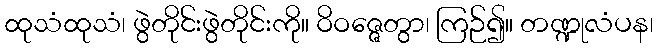
ထုသံထုသံ၊ ဖွဲတိုင်းဖွဲတိုင်းကို။ ဝိဝဇ္ဇေတွာ၊ ကြဉ်၍။ တဏ္ဍုလံပန၊